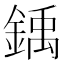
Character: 𫒳